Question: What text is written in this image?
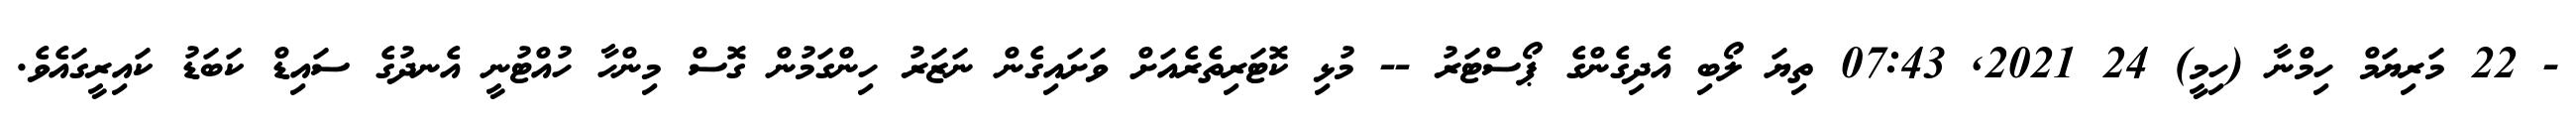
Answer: - 22 މަރިޔަމް ހިމްނާ (ހިމީ) 24 2021, 07:43 ތިޔަ ލޯބި އެދިގެންގެ ޕޯސްޓަރު -- މުޅި ކޮޓަރިތެރެއަށް ވަށައިގެން ނަޒަރު ހިންގަމުން ގޮސް މިންހާ ހުއްޓުނީ އެނދުގެ ސައިޑް ކަބަޑު ކައިރީގައެވެ.